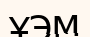
ҰЭМ